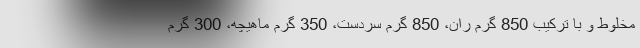
مخلوط و با ترکیب 850 گرم ران، 850 گرم سردست، 350 گرم ماهیچه، 300 گرم